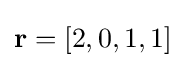
\mathbf {r} =[2,0,1,1]